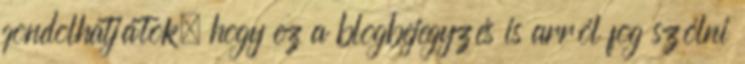
gondolhatjátok, hogy ez a blogbejegyzés is arról fog szólni